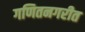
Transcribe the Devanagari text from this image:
गणितनगरीत